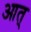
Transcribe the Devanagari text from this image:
आत्